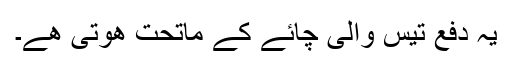
یہ دفع تیس والی چائے کے ماتحت ھوتی ھے۔